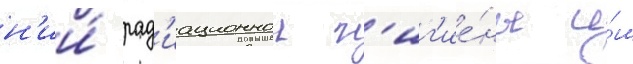
н'ии́ рад'иационнои г'иг'ие́ны и́м